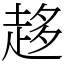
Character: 趍